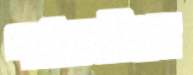
পাঠকজীবন